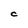
Character: C